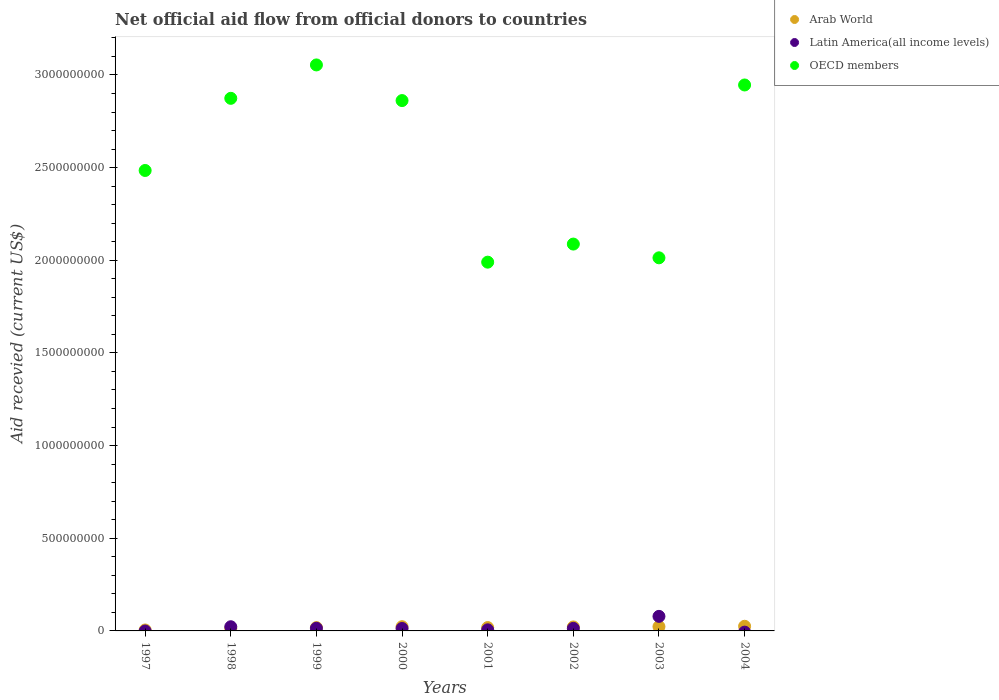
| Years | Arab World | Latin America(all income levels) | OECD members |
 | --- | --- | --- | --- |
 | 1997 | 5.08e+06 | -5.7e+05 | 2.48e+09 |
 | 1998 | 1.31e+07 | 2.25e+07 | 2.87e+09 |
 | 1999 | 1.8e+07 | 1.43e+07 | 3.05e+09 |
 | 2000 | 2.28e+07 | 1.31e+07 | 2.86e+09 |
 | 2001 | 1.81e+07 | 5.97e+06 | 1.99e+09 |
 | 2002 | 2.14e+07 | 1.37e+07 | 2.09e+09 |
 | 2003 | 2.32e+07 | 7.86e+07 | 2.01e+09 |
 | 2004 | 2.51e+07 | -6.51e+06 | 2.95e+09 |